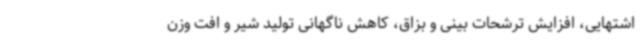
اشتهایی، افزایش ترشحات بینی و بزاق، کاهش ناگهانی تولید شیر و افت وزن